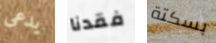
يدعى فقدنا بسكتة